Calcutta medical institutions reports 1892-1900
Year: 1892
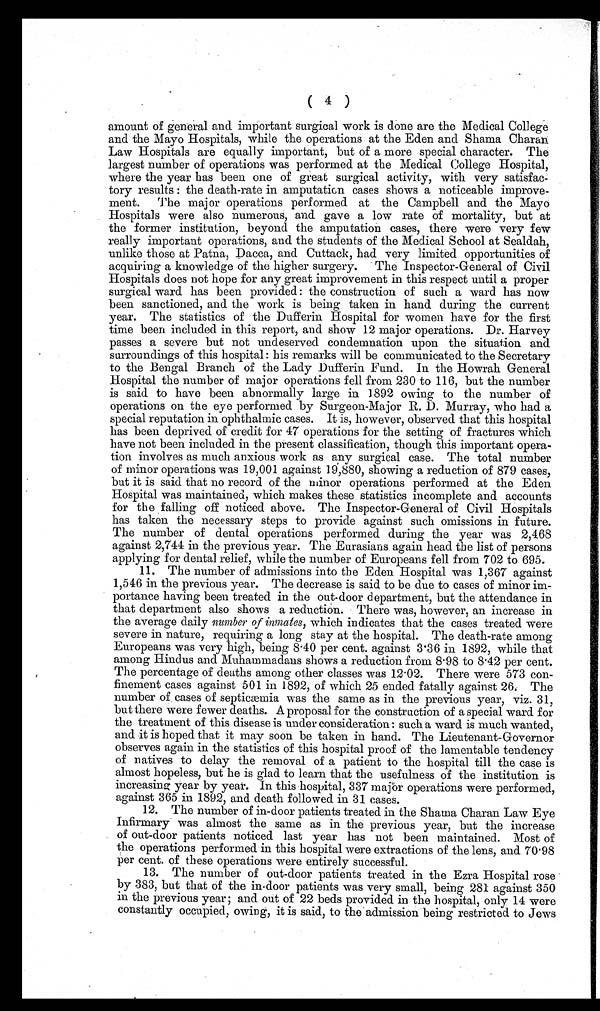
( 4 )
amount of general and important surgical work is done are the Medical College
and the Mayo Hospitals, while the operations at the Eden and Shama Charan
Law Hospitals are equally important, but of a more special character. The
largest number of operations was performed at the Medical College Hospital,
where the year has been one of great surgical activity, with very improve-
tory results : the death-rate in amputation cases shows a noticeable impro
ment. The major operations performed at the Campbell and the Mayo
Hospitals were also numerous, and. gave a low rate of mortality, but at
the former institution, beyond the amputation cases, there were very few
really important operations, and the students of the Medical School at Sealdah,
unlike those at Patna, Dacca, and Cuttack, had very limited opportunities of
acquiring a knowledge of the higher surgery. The Inspector-General of Civil
Hospitals does not hope for any great improvement in this respect until a proper
surgical ward has been provided : the construction of such a ward has now
been sanctioned, and the work is being taken in hand during the current
year. The statistics of the Dufferin Hospital for women have for the first
time been included in this report, and show 12 major operations. Dr. Harvey
passes a severe but not undeserved condemnation upon the situation and
surroundings of this hospital: his remarks will be communicated to the Secretary
to the Bengal Branch of the Lady Dufferin Fund. In the Howrah General
Hospital the number of major operations fell from 230 to 116, but the number
is said to have been abnormally large in 1892 owing to the number of
operations on the eye performed by Surgeon-Major R. D . Murray, who had a
special reputation in ophthalmic cases. It is, however, observed that this hospital
has been deprived of credit for 47 operations for the setting of fractures which
have not been included in the present classification, though this important opera-
tion involves as much anxious work as any surgical case. The total number
of minor operations was 19,001 against 19,880, showing a reduction of 879 cases,
but it is said that no record of the minor operations performed at the Eden
Hospital was maintained, which makes these statistics incomplete and accounts
for the falling off noticed above. The Inspector-General of Civil Hospitals
has taken the necessary steps to provide against such omissions in future.
The number of dental operations performed during the year was 2,468
against 2,744 in the previous year. The Eurasians again head the list of persons
applying for dental relief, while the number of Europeans fell from 702 to 695.
11. The number of admissions into the Eden Hospital was 1,367 against
1,546 in the previous year. The decrease is said to be due to cases of minor im-
portance having been treated in the out-door department, but the attendance in
that department also shows a reduction. There was, however, an increase in
the average daily number of inmates, which indicates that the cases treated were
severe in nature, requiring a long stay at the hospital. The death-rate among
Europeans was very high, being 8 .40 per cent. against 3.36 in 1892, while that
among Hindus and Muhammadans shows a reduction from 8.98 to 8.42 per cent.
The percentage of deaths among other classes was 12.02. There were 573 con-
finement cases against 501 in 1892, of which 25 ended fatally against 26. The
number of, cases of septicæmia was the same as in the previous year, viz. 31,
but there were fewer deaths. A proposal for the construction of a special ward for
the treatment of this disease is under consideration : such a ward is much wanted,
and it is hoped that it may soon be taken in hand. The Lieutenant-Governor
observes again in the statistics of this hospital proof of the lamentable tendency
of natives to delay the removal of a patient to the hospital till the case is
almost hopeless, but he is glad to learn that the usefulness of the institution is
increasing year by year. In this hospital, 337 major operations were performed,
against 365 in 1892, and death followed in 31 cases.
12. The number of in-door patients treated in the Shama Charan Law Eye
Infirmary was almost the same as in the previous year, but the increase
of out-door patients noticed last year has not been maintained. Most of
the operations performed in this hospital were extractions of the lens, and 70.98
per cent. of these operations were entirely successful.
13. The number of out-door patients treated in the Ezra Hospital rose
by 383, but that of the in-door patients was very small, being 281 against 350
in the previous year; and out of 22 beds provided in the hospital, only 14 were
constantly occupied, owing, it is said, to the admission being restricted to Jews